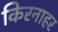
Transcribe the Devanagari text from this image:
किरनाहर